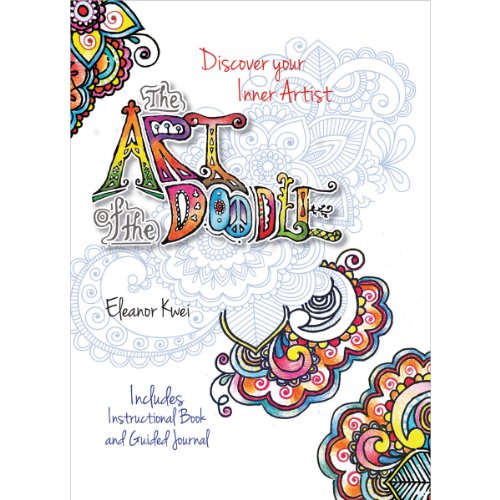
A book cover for The Art of the Doodle: Discover Your Inner Artist - Includes Instructional Book and Guided Journal; Eleanor Kwei; Arts & Photography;